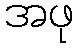
အဖု